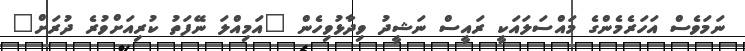
ނަމަވެސް އަހަރެމެންގެ މައްސަލައަކީ ރައީސް ނަޝީދު ވިދާޅުވިހެން "އަމިއްލަ ނޭފަތު ކުރިއަށްވުރެ ދުރަށް"